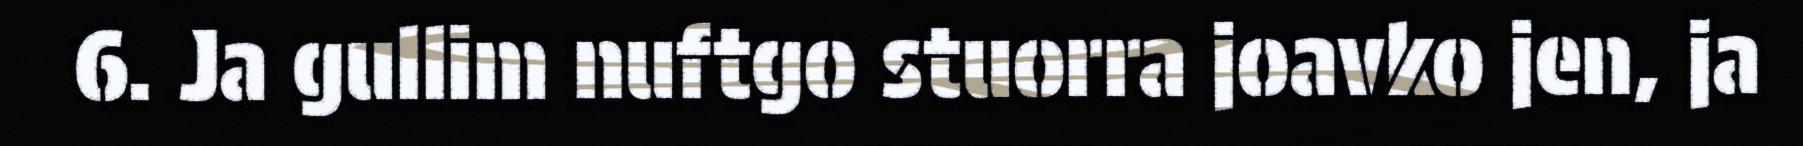
6. Ja gullim nuftgo stuorra joavko jen, ja